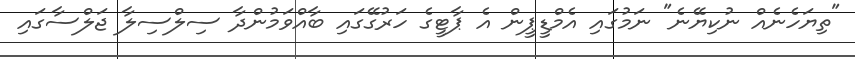
"ތިޔަހެނެއް ނުކިޔޭނެ" ނަމުގައި އެމްޑީޕީން އެ ޕާޓީގެ ހަރުގޭގައި ބާއްވަމުންދާ ސިލްސިލާ ޖަލްސާގައި